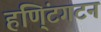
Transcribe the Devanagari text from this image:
हणि्ंटगटन